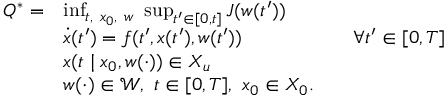
\begin{array} { r l r l } { Q ^ { * } = } & { \operatorname* { i n f } _ { t , \ x _ { 0 } , \ w } \ \operatorname* { s u p } _ { t ^ { \prime } \in [ 0 , t ] } J ( w ( t ^ { \prime } ) ) } \\ & { \dot { x } ( t ^ { \prime } ) = f ( t ^ { \prime } , x ( t ^ { \prime } ) , w ( t ^ { \prime } ) ) } & & { \forall t ^ { \prime } \in [ 0 , T ] } \\ & { x ( t \mid x _ { 0 } , w ( \cdot ) ) \in X _ { u } } \\ & { w ( \cdot ) \in \mathcal { W } , \ t \in [ 0 , T ] , \ x _ { 0 } \in X _ { 0 } . } \end{array}